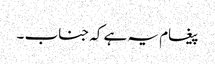
پیغام یہ ہے کہ جناب ۔